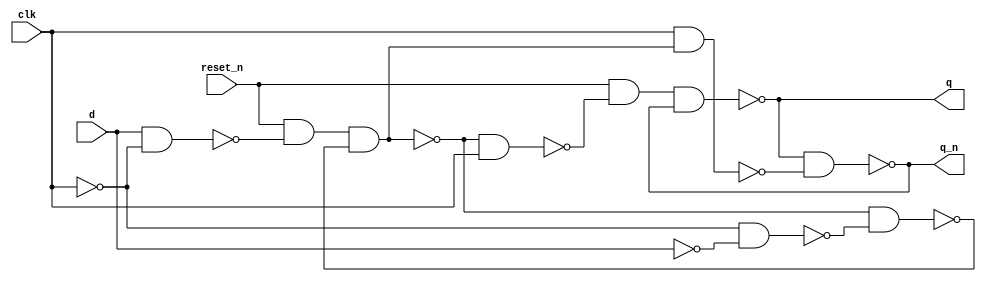
module DFlipFlop
(
  input wire    reset_n,
  input wire    clk,
  input wire    d,
  output wire   q,
  output wire   q_n
);

  wire w1, w2, w3, w4, w5, w6;


 //master
 nand na1(w1, d, ~clk);
 nand na2(w2, ~clk, ~d);
 nand na3(w3, reset_n, w1, w4);
 nand na4(w4, w3, w2);

 //slave
 nand na5(w5, w3, clk);
 nand na6(w6, clk, ~w3);
 nand na7(q, reset_n, w5, q_n);
 nand na8(q_n, q, w6);

endmodule


module Count4Down 
(
  input wire      reset_n,
  input wire      clk,
  output [3:0]    q
);

  wire qn0, qn1, qn2, qn3;
  

  DFlipFlop ff0(reset_n, clk, qn0, q[0], qn0);
  DFlipFlop ff1(reset_n, q[0], qn1, q[1], qn1);  
  DFlipFlop ff2(reset_n, q[1], qn2, q[2], qn2);
  DFlipFlop ff3(reset_n, q[2], qn3, q[3], qn3);

endmodule